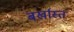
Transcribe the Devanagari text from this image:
बर्खास्त